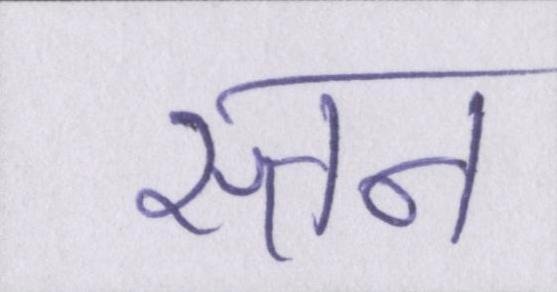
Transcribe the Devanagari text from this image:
स्तन